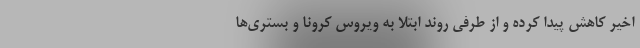
اخیر کاهش پیدا کرده و از طرفی روند ابتلا به ویروس کرونا و بستری‌ها